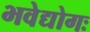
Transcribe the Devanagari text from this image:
भवेद्योगः